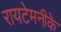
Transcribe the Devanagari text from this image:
रायटेमनीके